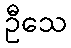
ဦသေ